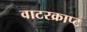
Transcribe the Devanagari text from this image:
वाटरक्राप्ट